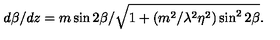
d \beta / d z = { m \sin 2 \beta } / \sqrt { 1 + ( m ^ { 2 } / \lambda ^ { 2 } \eta ^ { 2 } ) \sin ^ { 2 } 2 \beta } .